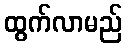
ထွက်လာမည်